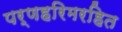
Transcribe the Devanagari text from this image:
पर्णहरिमरहित